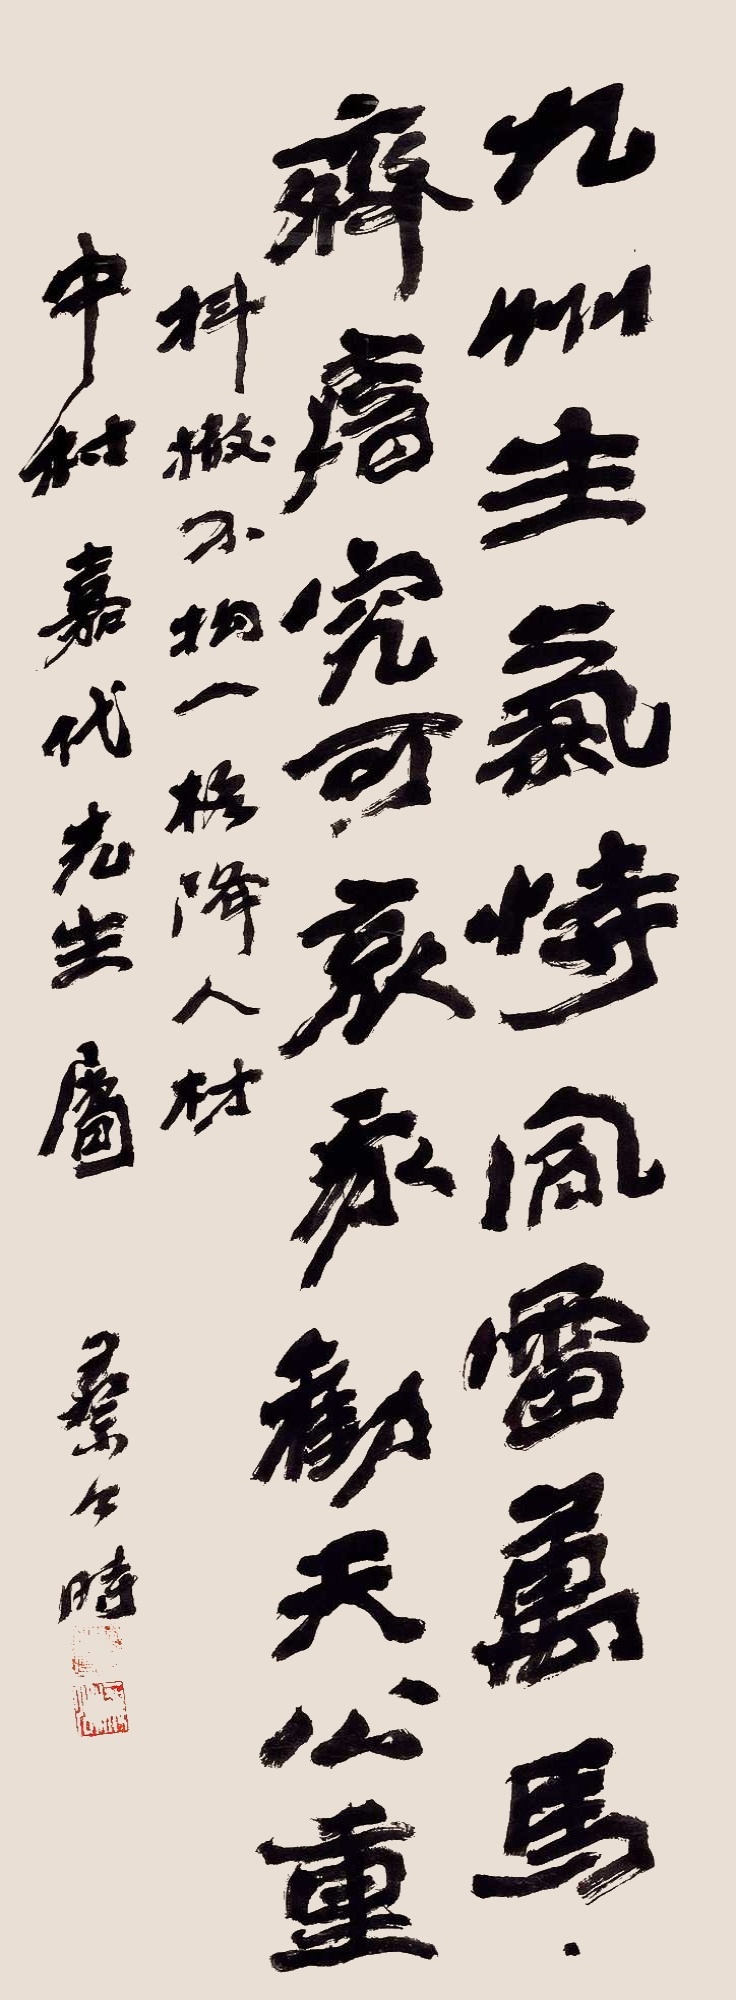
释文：九州生气恃风雷，万马齐喑究可哀。我劝天公重抖擞，不拘一格降人材。中村嘉代先生属，蔡公时。